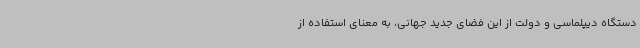
دستگاه دیپلماسی و دولت از این فضای جدید جهانی، به معنای استفاده از